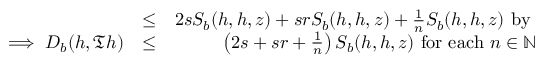
\begin{array} { r l r } & { \leq } & { 2 s S _ { b } ( h , h , z ) + s r S _ { b } ( h , h , z ) + \frac { 1 } { n } S _ { b } ( h , h , z ) ~ \mathrm { b y ~ } } \\ { \implies D _ { b } ( h , \mathfrak { T } h ) } & { \leq } & { \left( 2 s + s r + \frac { 1 } { n } \right) S _ { b } ( h , h , z ) ~ \mathrm { f o r ~ e a c h } ~ n \in \mathbb { N } } \end{array}